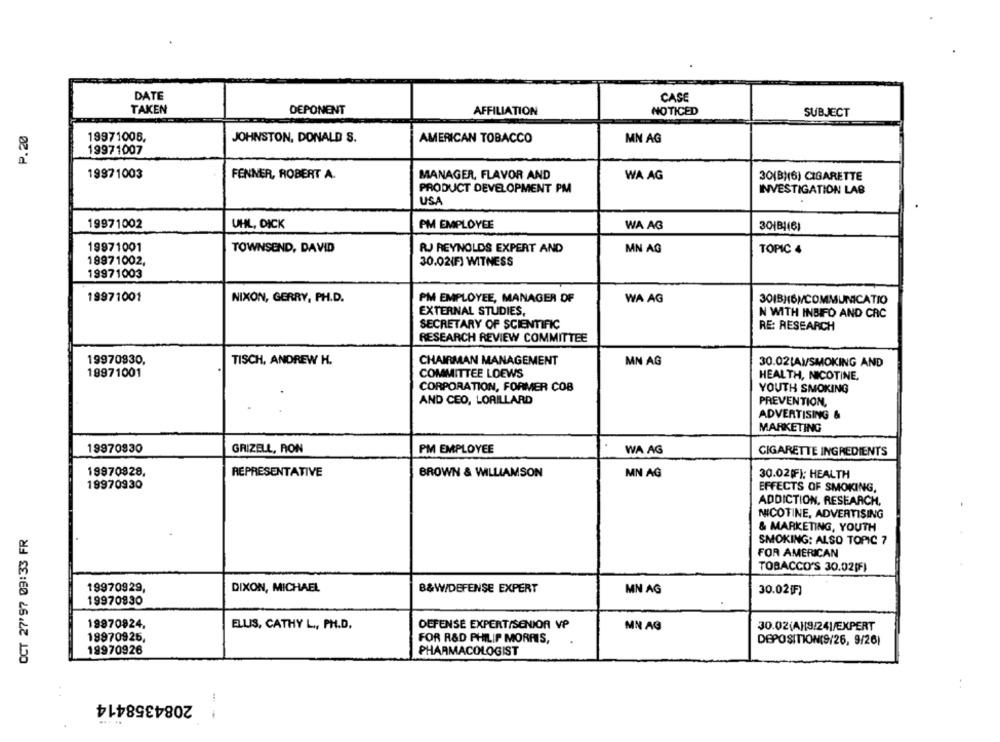
DATE
CASE
TAKEN
DEPONENT
AFFILIATION
NOTICED
SUBJECT
P.20
19971008.
JOHNSTON, DONALD S.
AMERICAN TOBACCO
MN AG
19971007
19971003
FENNER, ROBERT A.
MANAGER, FLAVOR AND
WA AG
30(B)(6) CIGARETTE
PRODUCT DEVELOPMENT PM
INVESTIGATION LAB
USA
19971002
UHL, DICK
PM EMPLOYEE
WA AG
30|B|(6)
19971001
TOWNSEND, DAVID
RJ REYNOLDS EXPERT AND
MN AG
TOPIC 4
19971002,
30.02(F) WITNESS
19971003
19971001
NIXON, GERRY, PH.D.
PM EMPLOYEE, MANAGER OF
WA AG
301B)(6)/COMMUNICATIO
EXTERNAL STUDIES,
N WITH INBIFO AND CRC
SECRETARY OF SCIENTIFIC
RE: RESEARCH
RESEARCH REVIEW COMMITTEE
19970830.
TISCH, ANDREW H.
CHAIRMAN MANAGEMENT
MN AG
30.021AM/SMOKING AND
19971001
COMMITTEE LOEWS
HEALTH, NICOTINE,
CORPORATION, FORMER COB
YOUTH SMOKING
AND CEO, LORILLARD
PREVENTION,
ADVERTISING &
MARKETING
19970830
GRIZELL, RON
PM EMPLOYEE
WA AG
CIGARETTE INGREDIENTS
19970828,
REPRESENTATIVE
BROWN & WILLIAMSON
MN AG
30.02(F); HEALTH
19970930
EFFECTS OF SMOKING,
ADDICTION, RESEARCH,
NICOTINE, ADVERTISING
& MARKETING, YOUTH
OCT 27'97 09:33 FR
SMOKING: ALSO TOPIC 7
FOR AMERICAN
TOBACCO'S 30.02[F)
19970929,
DIXON, MICHAEL
B&W/DEFENSE EXPERT
MN AG
30.02[F)
19970830
19970924,
DEFENSE EXPERT/SENIOR VP
ELUS, CATHY L, PH.D.
MN AG
30.02(A][9/24]/EXPERT
19970925,
FOR R&D PHILIP MORRIS,
DEPOSITION(9/26, 9/26)
19970926
PHARMACOLOGIST
2084358414
--